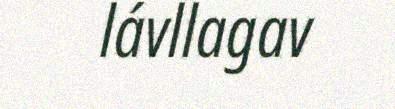
lávllagav